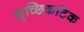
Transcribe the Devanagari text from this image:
मृच्छिकटिक